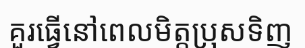
គួរធ្វើនៅពេលមិត្តប្រុសទិញ